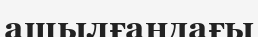
ашылғандағы